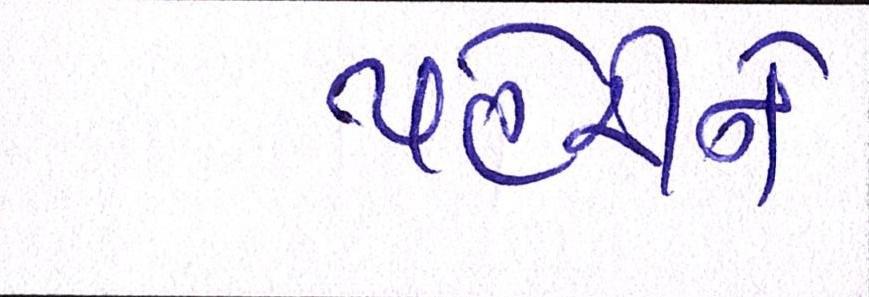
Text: પહેરીને